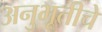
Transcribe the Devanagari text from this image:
अनुभूतीचे